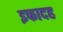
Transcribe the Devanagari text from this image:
इफादह